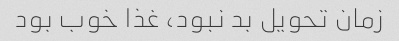
زمان تحویل بد نبود، غذا خوب بود